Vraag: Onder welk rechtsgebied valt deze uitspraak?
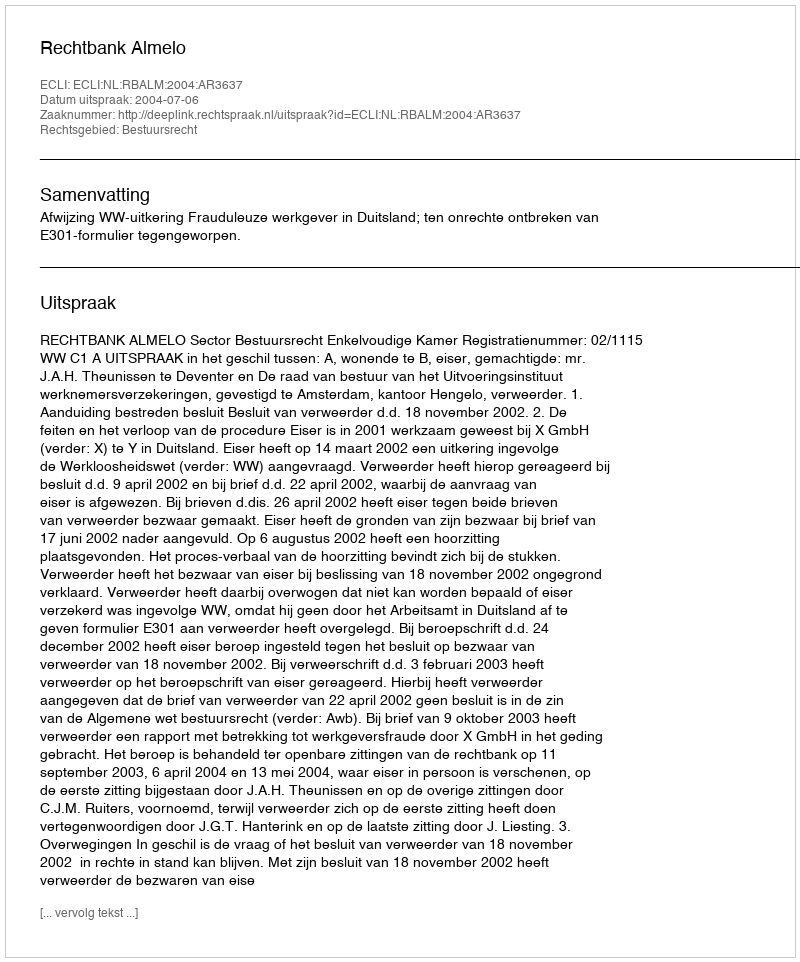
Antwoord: Bestuursrecht